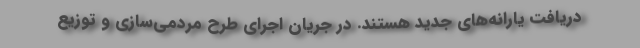
دریافت یارانه‌های جدید هستند. در جریان اجرای طرح مردمی‌سازی‌ و توزیع